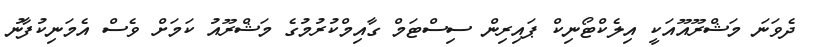
ދެވަނަ މަޝްރޫއޫއަކީ އިލެކްޓޯނިކް ޕައިރިން ސިސްޓަމް ގާއިމްކުރުމުގެ މަޝްރޫއު ކަމަށް ވެސް އެމަނިކުފާނު